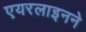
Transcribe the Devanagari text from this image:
एयरलाइनने